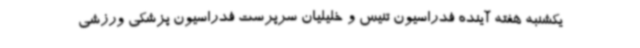
یکشنبه هفته آینده فدراسیون تنیس و خلیلیان سرپرست فدراسیون پزشکی ورزشی